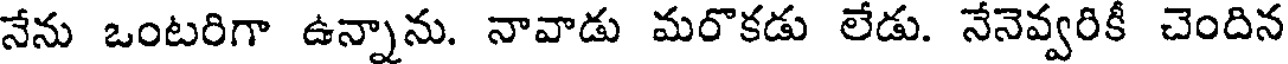
నేను ఒంటరిగా ఉన్నాను. నావాడు మరొకడు లేడు. నేనెవ్వరికీ చెందిన